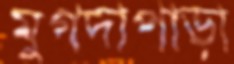
মুগদাপাড়া